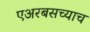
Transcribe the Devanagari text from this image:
एअरबसच्याच